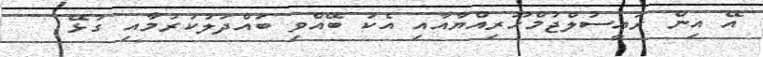
އޭ އިން ރައީސުލްޖުމްހޫރިއްޔާއާއި އެކު ބޭއްވި ބައްދަލުކުރުމާއި ގުޅޭ